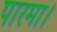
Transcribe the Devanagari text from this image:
पारमा।